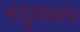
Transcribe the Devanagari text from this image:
नंदुमाधव